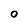
Character: 0